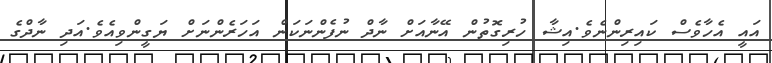
އައީ އެހާވެސް ކައިރިންނެވެ.އިޝާ ހުރިގޮތުން އޭނާއަށް ނާދް ނުފެންނަކަން އަހަރެންނަށް ޔަގީންވިއެވެ.އަދި ނާދްގެ